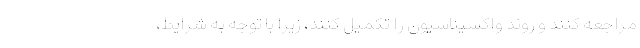
مراجعه کنند و روند واکسیناسیون را تکمیل کنند، زیرا با توجه به شرایط،